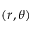
( r , \theta )